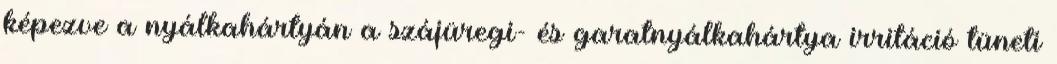
képezve a nyálkahártyán a szájüregi- és garatnyálkahártya irritáció tüneti